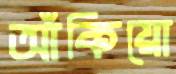
আঁকিয়ো